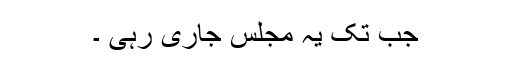
جب تک یہ مجلس جاری رہی ۔